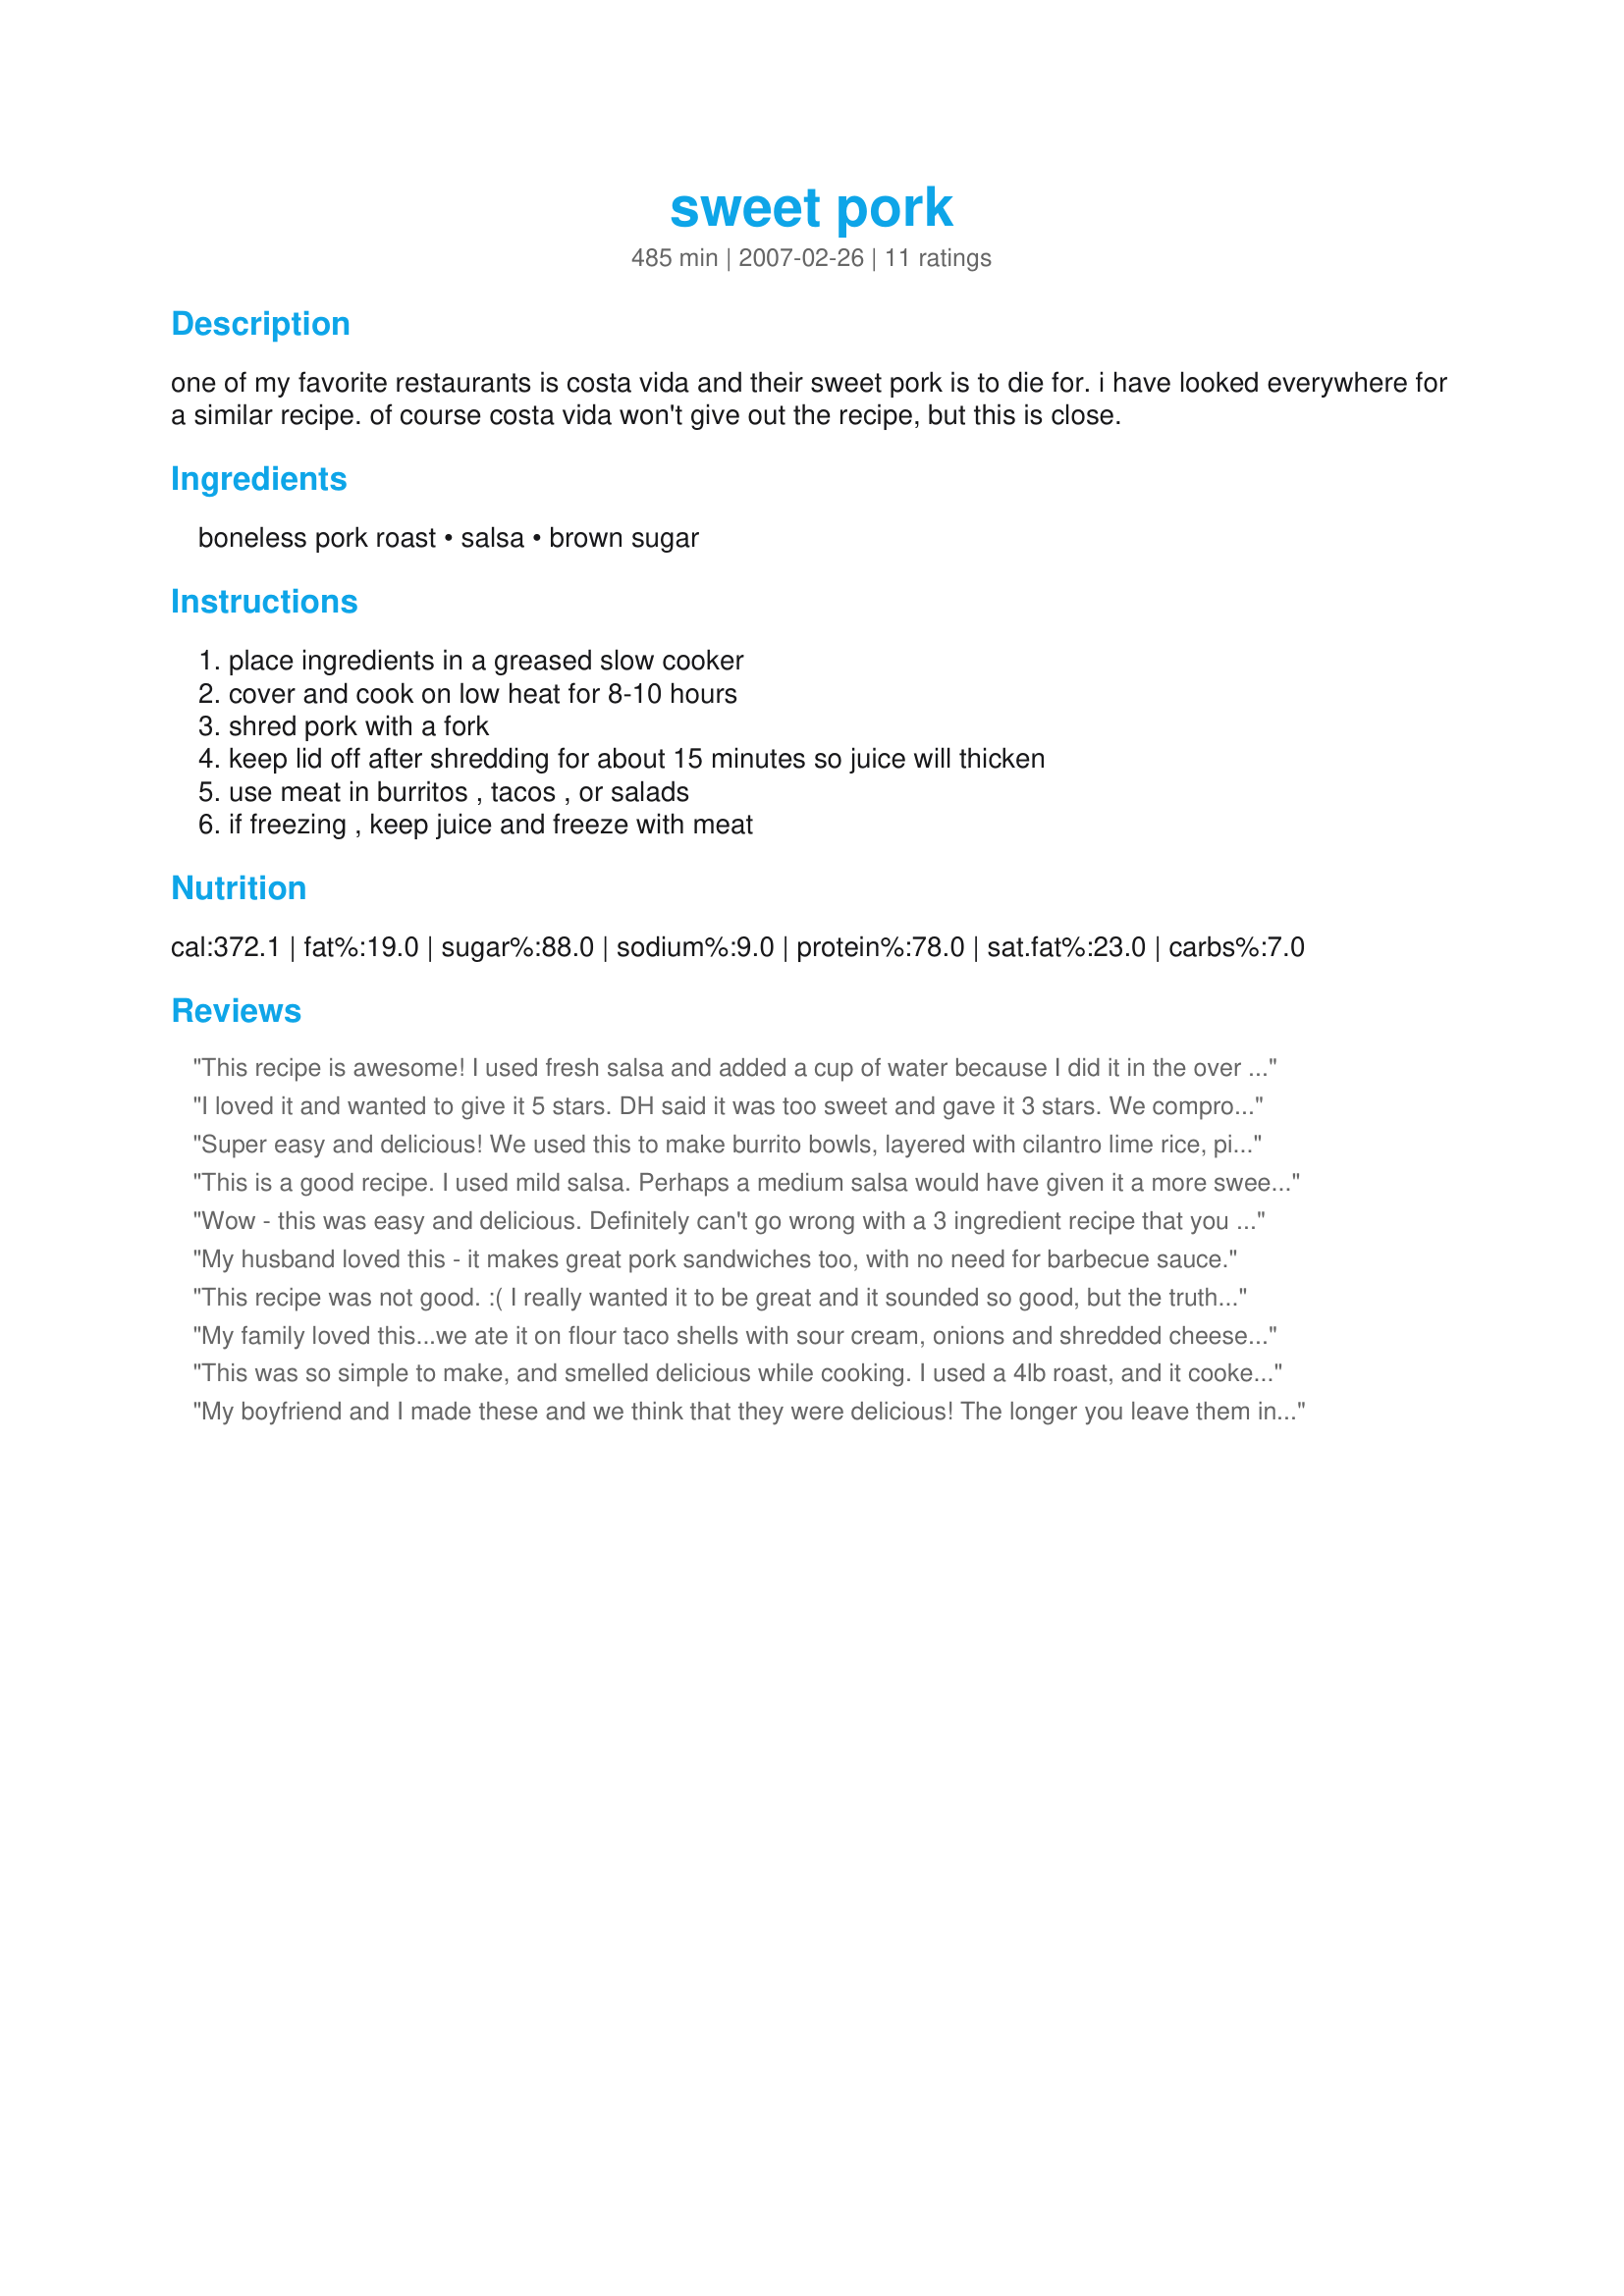
sweet pork
Preparation time: 485 minutes

one of my favorite restaurants is costa vida and their sweet pork is to die for. i have looked everywhere for a similar recipe. of course costa vida won't give out the recipe, but this is close.

Ingredients:
boneless pork roast, salsa, brown sugar

Steps:
place ingredients in a greased slow cooker, cover and cook on low heat for 8-10 hours, shred pork with a fork, keep lid off after shredding for about 15 minutes so juice will thicken, use meat in burritos , tacos , or salads, if freezing , keep juice and freeze with meat

Reviews:
This recipe is awesome! I used fresh salsa and added a cup of water because I did it in the over and didn&#039;t want it to dry out. I coated my pork with the salsa and brown sugar and it turned out perfect! My kids love it! I love it! Will definitely add this to my monthly rotation if not more!!
I loved it and wanted to give it 5 stars. DH said it was too sweet and gave it 3 stars. We compromised with 4 stars. Super easy to prepare! I didn't have 8-10 hours so I cooked it on high for 6 hours. Shredded the pork after 5 hours and left the lid off as suggested. The juices thickened up just right. Served it on sesame seed hamburger buns. The sweet/spicy taste reminded me a lot of the "Jack Daniels" sauce served at the TGI Friday's Restaurant chain.
Super easy and delicious! We used this to make burrito bowls, layered with cilantro lime rice, pinto beans, sweet pork, shredded cheese, fresh salsa, guacamole, and sour cream. Thanks for sharing! This recipe is a keeper!
This is a good recipe. I used mild salsa. Perhaps a medium salsa would have given it a more sweet and spicy flavor. The roast shredded easily after being in the slow cooker for 10 hours.
Wow - this was easy and delicious. Definitely can't go wrong with a 3 ingredient recipe that you basically don't do anything to for the majority of the day. We served this in tacos and it went over extremely well. I'll definitely be using leftovers for sandwiches and other recipes. Thanks for a keeper!
My husband loved this - it makes great pork sandwiches too, with no need for barbecue sauce.
This recipe was not good. :( I really wanted it to be great and it sounded so good, but the truth is that after 8 hours all the liquid acquired during cooking made this very bland. I doubt I did anything wrong in preparation as all the ingredients were just 1 cup of brown sugar and 1 cup of salsa over pork roast. I had to add so much more seasoning to even get this to taste OK. I will not be making this again.
My family loved this...we ate it on flour taco shells with sour cream, onions and shredded cheese. The small amount of leftover meat made a good sandwich also. Thanks so much for sharing this recipe.
This was so simple to make, and smelled delicious while cooking. I used a 4lb roast, and it cooked for 4 hours on high. Then I poured the juice into a saucepan, brought it to boil, and thickened with 2tbsp cornstarch dissolved in cold water. Shredded the pork, mixed it into the sauce and got rave reviews for supper!
My boyfriend and I made these and we think that they were delicious! The longer you leave them in the slow cooker the more tender and easier to shed they get!
This pork was so easy to make and sooooo delicious! I used Splenda brown sugar instead of regular to cut back on calories a bit and it turned out to be super moist, sweet and everyone loved it! Fantastic for moms on the go!
